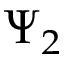
\Psi _ { 2 }